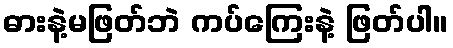
ဓားနဲ့မဖြတ်ဘဲ ကပ်ကြေးနဲ့ ဖြတ်ပါ။